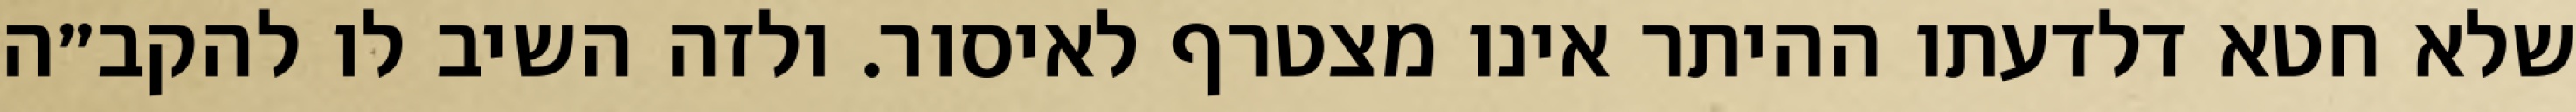
שלא חטא דלדעתו ההיתר אינו מצטרף לאיסור. ולזה השיב לו להקב״ה